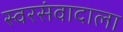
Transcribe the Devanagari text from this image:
स्वरसंवादाला